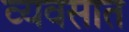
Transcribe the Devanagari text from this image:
व्यवसात